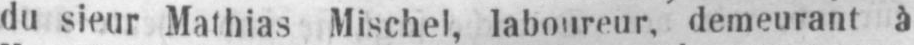
du sieur Mathias Mischel, laboureur, demeurant à